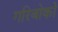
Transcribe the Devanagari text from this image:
गरिबोको